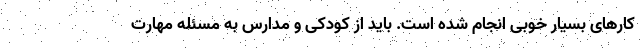
کارهای بسیار خوبی انجام شده است. باید از کودکی و مدارس به مسئله مهارت